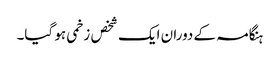
ہنگامہ کے دوران ایک شخص زخمی ہو گیا۔